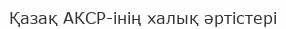
Қазақ АКСР-інің халық әртістері